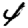
Digit: 4